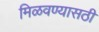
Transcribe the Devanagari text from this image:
मिळवण्यासठी